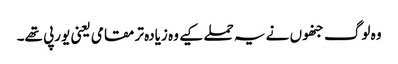
وہ لوگ جنھوں نے یہ حملے کیے وہ زیادہ تر مقامی یعنی یورپی تھے۔